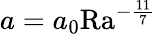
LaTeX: a=a_{0}\mathrm{{Ra}}^{-\frac{11}{7}}